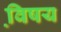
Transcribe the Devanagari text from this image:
वि़षय